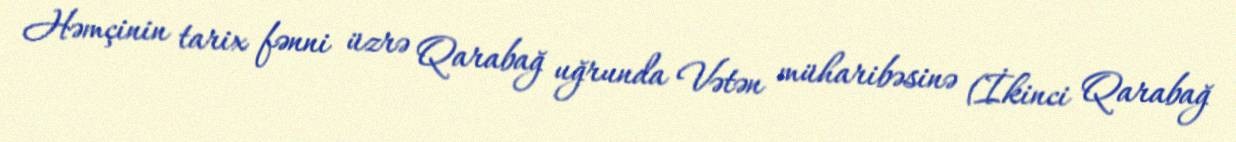
Həmçinin tarix fənni üzrə Qarabağ uğrunda Vətən müharibəsinə (İkinci Qarabağ